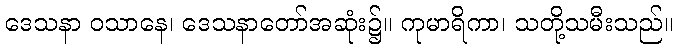
ဒေသနာ ဝသာနေ၊ ဒေသနာတော်အဆုံး၌။ ကုမာရိကာ၊ သတို့သမီးသည်။